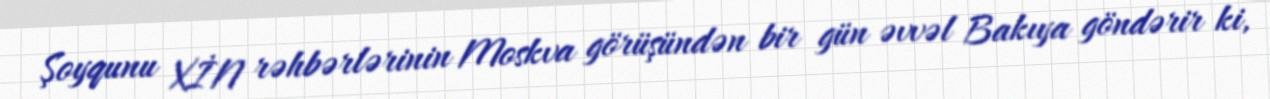
Şoyqunu XİN rəhbərlərinin Moskva görüşündən bir gün əvvəl Bakıya göndərir ki,